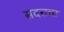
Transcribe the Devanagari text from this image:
सदराचा